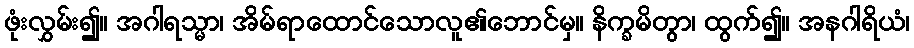
ဖုံးလွှမ်း၍။ အဂါရသ္မာ၊ အိမ်ရာထောင်သောလူ၏ဘောင်မှ။ နိက္ခမိတွာ၊ ထွက်၍။ အနဂါရိယံ၊